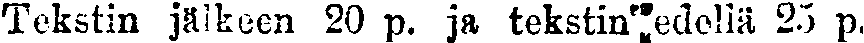
Tekstin jälkeen 20 p. ja tekstin edellä 25 p.